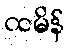
ထမိန်